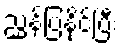
ညွှန်ပြနိုင်ပြီး